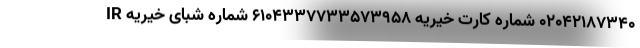
02042187340 شماره کارت خیریه 6104337733573958 شماره شبای خیریه IR